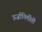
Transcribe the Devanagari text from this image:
ऊर्जानिर्मीती